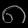
Digit: ၈